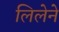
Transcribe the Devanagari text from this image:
लिलेने